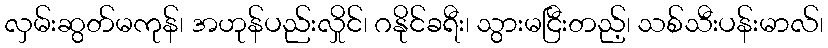
လှမ်းဆွတ်မကုန်၊ အဟုန်ပည်းလှိုင်၊ ဂနိုင်ခရီး၊ သွားမငြီးတည့်၊ သစ်သီးပန်းမာလ်၊